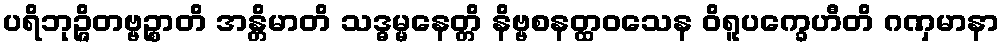
ပရိဘုဉ္ဇိတဗ္ဗဉ္စာတိ အန္တိမာတိ သဒ္ဓမ္မနေတ္တိ နိဗ္ဗစနတ္ထဝသေန ဝိရူပက္ခေဟီတိ ဂဏှမာနာ